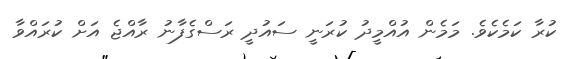
ކުރާ ކަމެކެވެ. މަމެން އުއްމީދު ކުރަނީ ސައުދީ ރަސްގެފާނު ރާއްޖެ އަށް ކުރައްވާ